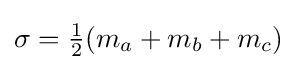
\sigma ={\tfrac {1}{2}}(m_{a}+m_{b}+m_{c})